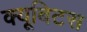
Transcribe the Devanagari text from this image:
क्यूबिटस